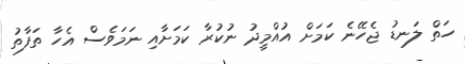
ހަތް ލަނޑު ޖެހޭނެ ކަމަށް އުއްމީދު ނުކުރާ ކަމަށާއި ނަމަވެސް އެހާ ތަފާތު